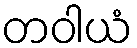
တဝါယံ